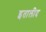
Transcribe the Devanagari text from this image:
इतालीद